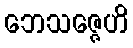
ဘေသဇ္ဇေဟိ